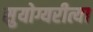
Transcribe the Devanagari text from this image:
सुयोग्यरीत्या